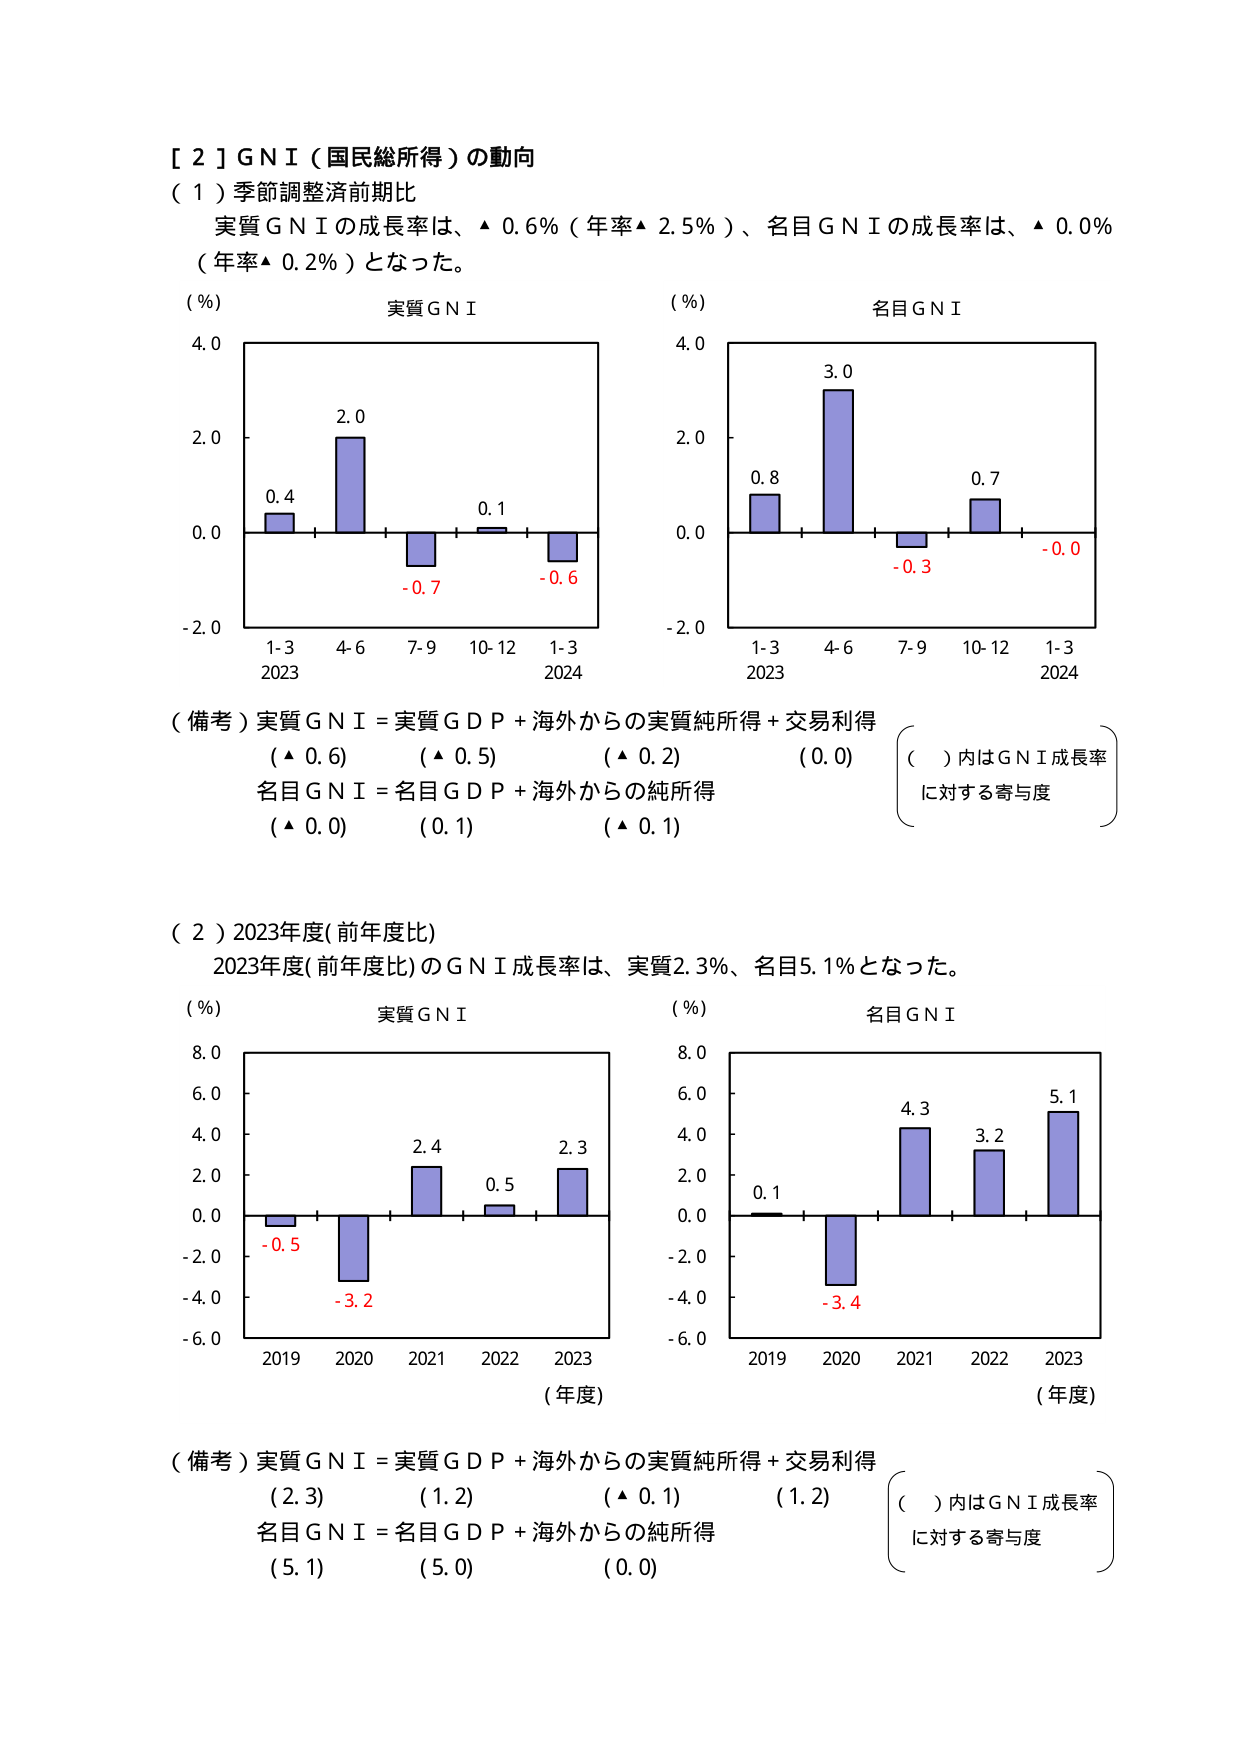
［２］ＧＮＩ（国民総所得）の動向
（１）季節調整済前期比
　実質ＧＮＩの成長率は、▲ 0.6％（年率▲ 2.5％）、名目ＧＮＩの成長率は、▲ 0.0％（年率▲ 0.2％）となった。
（％）　実質ＧＮＩ
　4.0
　2.0